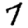
Digit: 7